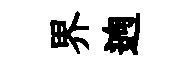
界逈